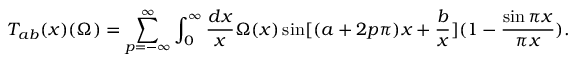
T _ { a b } ( x ) ( \Omega ) = \sum _ { p = - \infty } ^ { \infty } \int _ { 0 } ^ { \infty } { \frac { d x } { x } } \Omega ( x ) \sin [ ( a + 2 p \pi ) x + { \frac { b } { x } } ] ( 1 - { \frac { \sin \pi x } { \pi x } } ) .